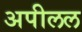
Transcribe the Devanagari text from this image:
अपीलल